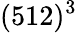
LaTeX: (512)^{3}